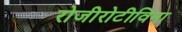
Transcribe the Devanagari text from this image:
रोजीरोटीविना